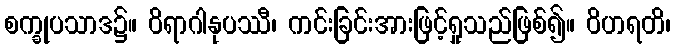
စက္ခုပသာဒ၌။ ဝိရာဂါနုပဿီ၊ ကင်းခြင်းအားဖြင့်ရှုသည်ဖြစ်၍။ ဝိဟရတိ၊